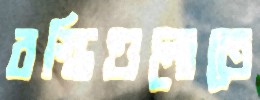
বস্তিগুলোতে